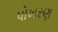
પોખરણ